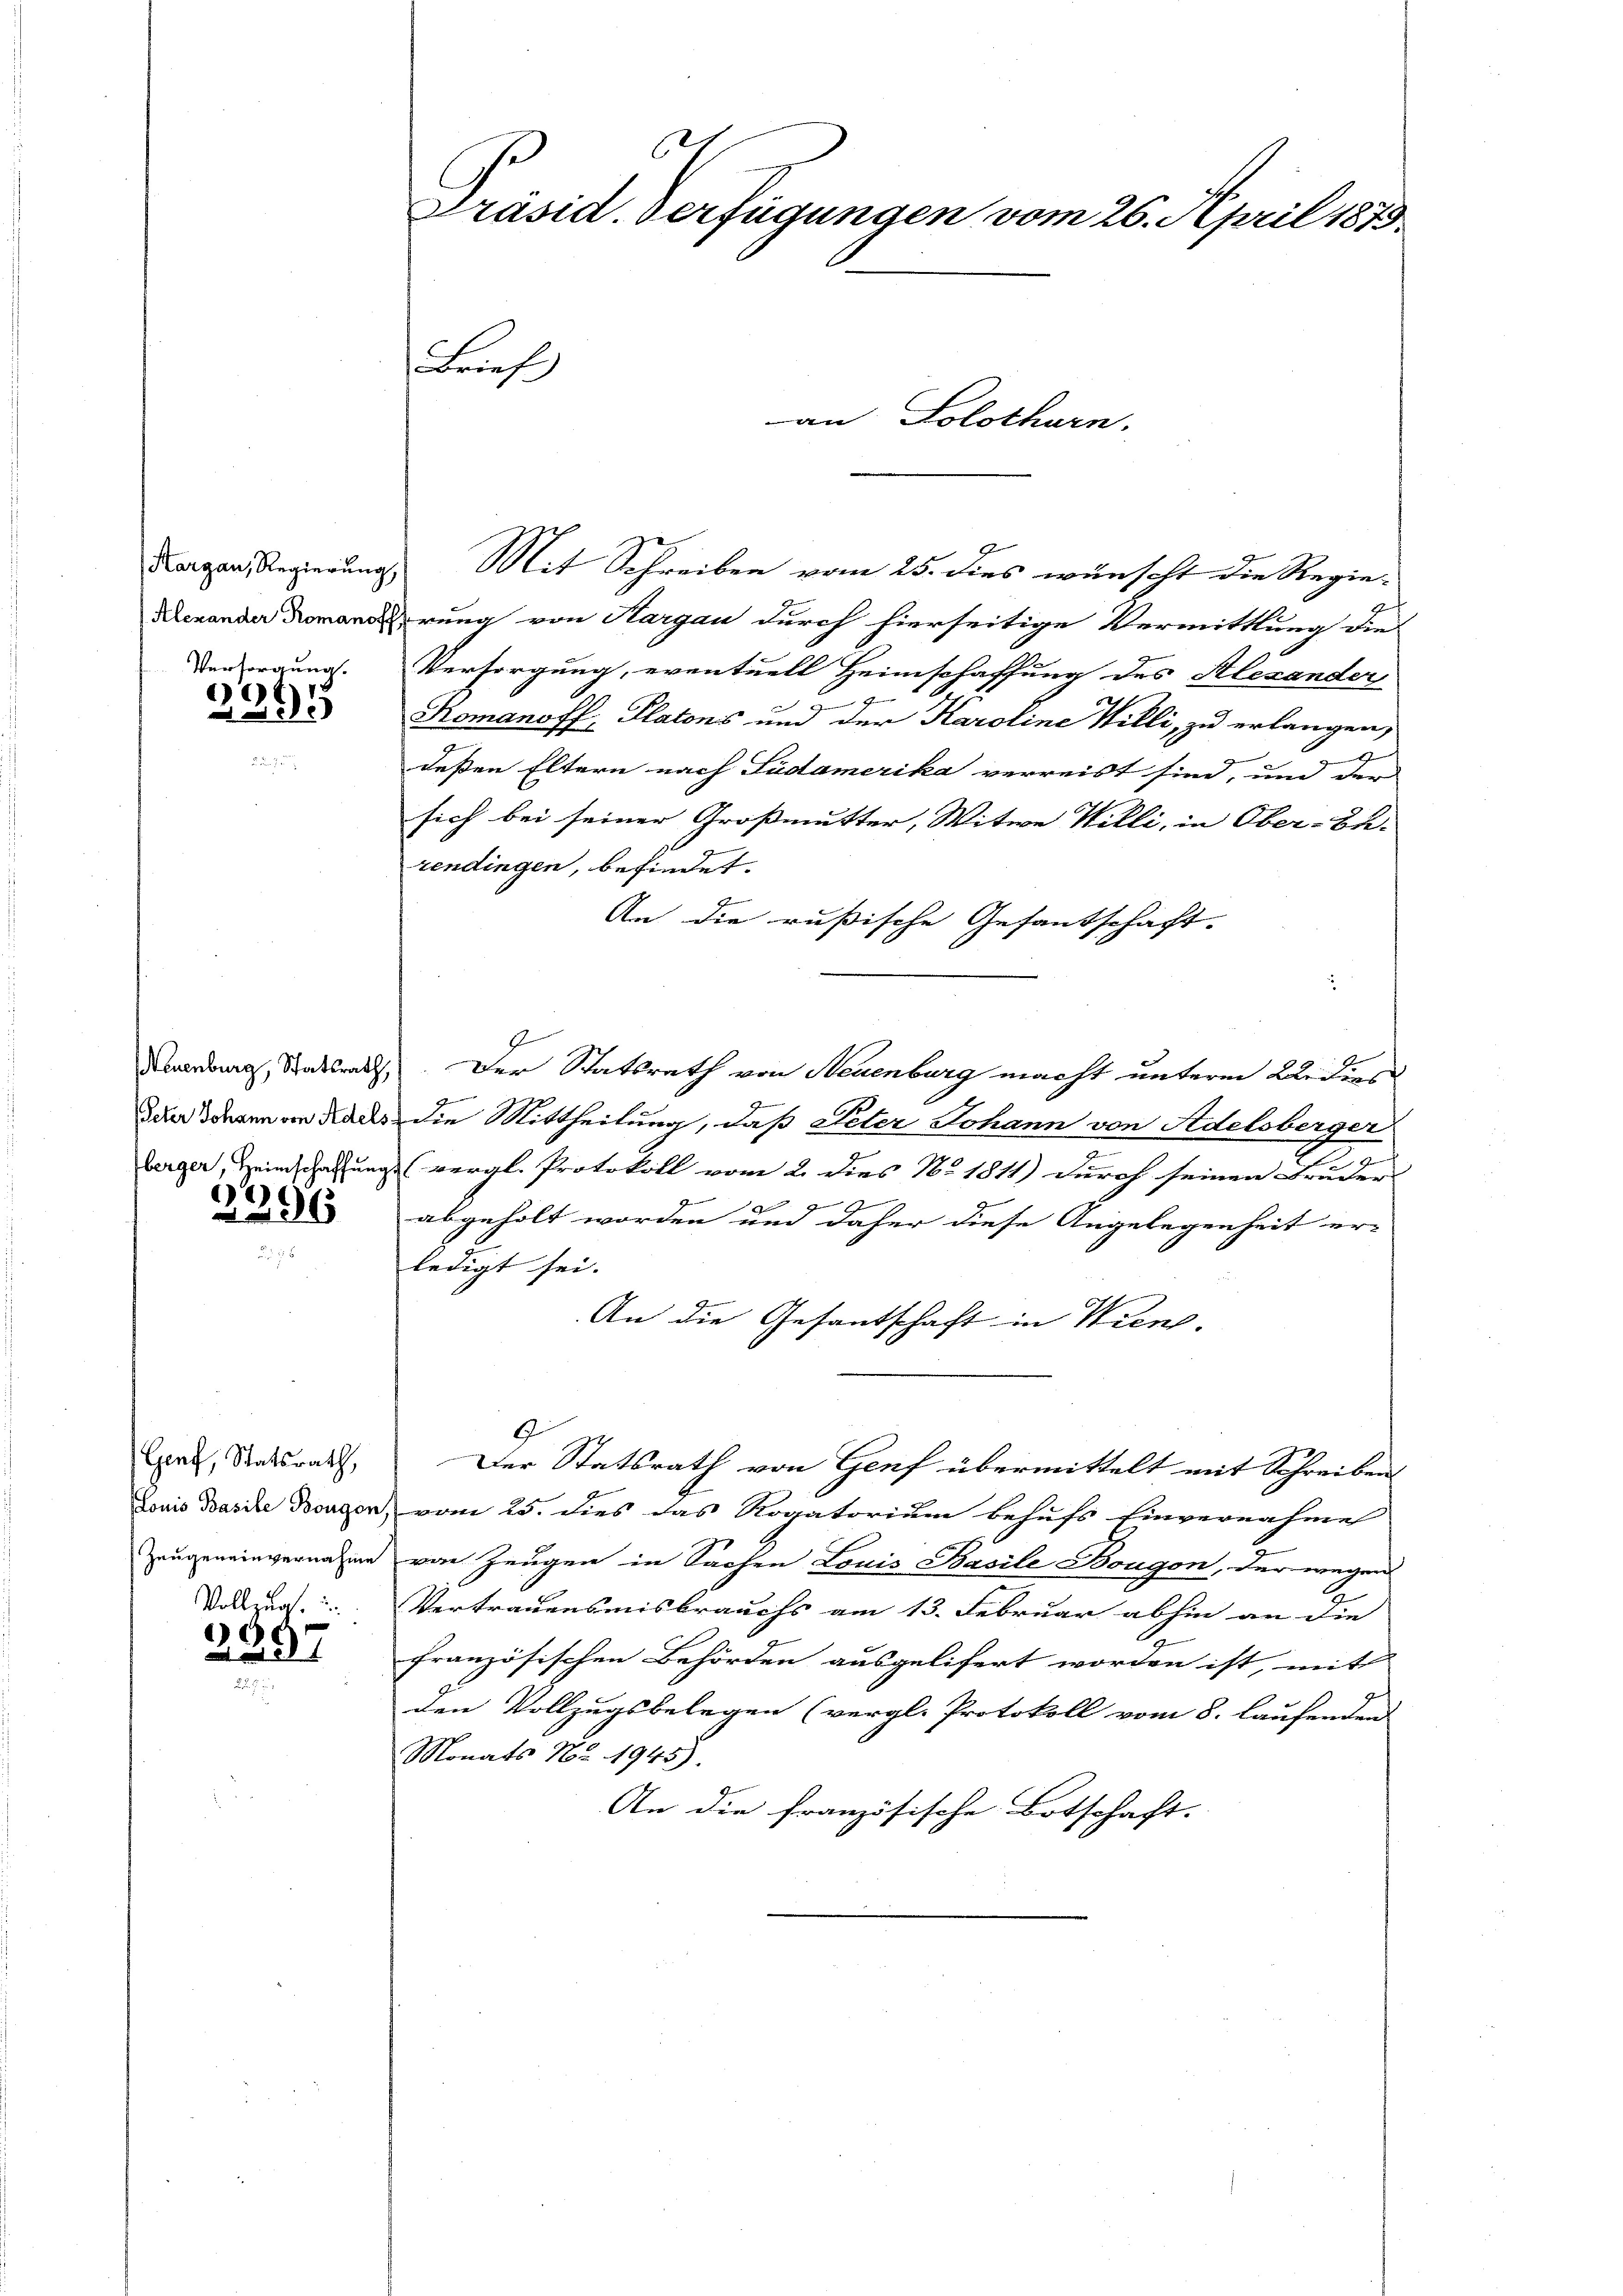
Hargau, Regierung,
Alexander Romanof
Versorgung.

E
25

Neuenburg, Statsrath,
Peter Johann von Adels.
berger, Heimschaffung

2996

Genf, Statsrath,
Louis Basile Bougen
Zeugeneinvernahme

Vollzug.
¬
 88

6
Präsid. Verfügungen vom 26. April 1873
Brief
an Solothurn.

Mit Schreiben vom 25. dies wünscht die Regierrung von Aargau durch hierseitige Vermittlung die
Versorgung, eventuell Heimschaffung des Alexander
7
Komanoff, Platons und der Karoline Willi, zu erlangen,
g
deßen Eltern nach Südamerika verreist sind, um der
sich bei seiner Großmutter, Witwe Willi, in Ober-Bu-
rendingen, befindet.
E
An die rußische Gefantschaft.
.
J
Der Statsrath von Neuenburg macht unterm 22. Dies
F
die Mittheilung, daß Peter Johann von Adelsberger
(vergl. Protokoll vom 2. dies No. 1811) durch seinen Bruder
Ge
d
g
abgeholt worden und daher diese Angelegenheit er-
ledigt sei.
An die Gesantschaft in Wien.
9
Der Statsrath von Genf übermittelt mit Schreiben
vom 25. dies das Rogatorium behufs Einvernahme
von Zeugen in Sachen Louis Basile Bougen, der wegen
Vertrauensmisbrauchs am 13. Februar abhin an die
französischen Behörden ausgelifert worden ist, mit
den Vollzugsbelegen (vergl. Protokoll vom 8. Laufenden
Monats Nr 1945).
An die französische Botschaft.